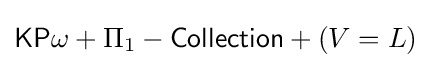
{\mathsf {KP}}\omega +\Pi _{1}-{\mathsf {Collection}}+(V=L)